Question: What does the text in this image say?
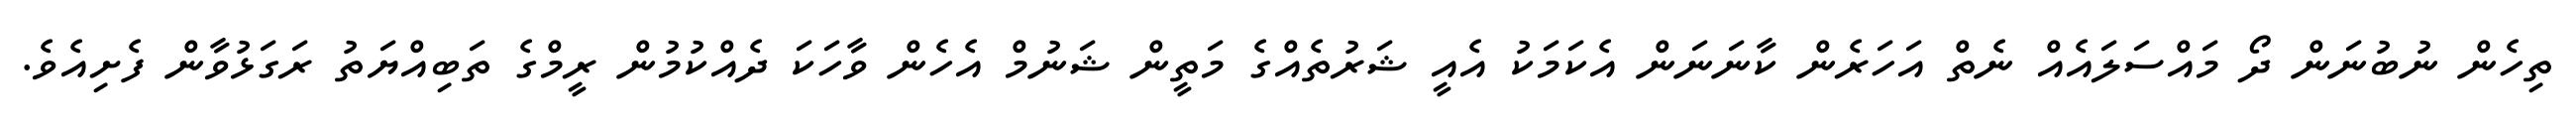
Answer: ތިހެން ނުބުނަން ދޯ މައްސަލައެއް ނެތް އަހަރެން ކާނަނަން އެކަމަކު އެއީ ޝަރުތެއްގެ މަތީން ޝަނުމް އެހެން ވާހަކަ ދެއްކުމުން ރީމްގެ ތަބިއްޔަތު ރަގަޅުވާން ފެށިއެވެ.